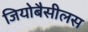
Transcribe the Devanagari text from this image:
जियोबैसीलस